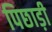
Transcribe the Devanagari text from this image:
पिछाड़ी